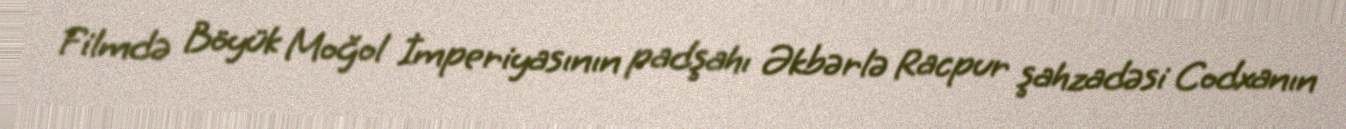
Filmdə Böyük Moğol İmperiyasının padşahı Əkbərlə Racpur şahzadəsi Codxanın